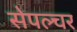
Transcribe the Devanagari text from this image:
सेपल्चर